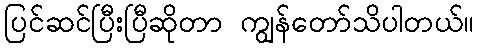
ပြင်ဆင်ပြီးပြီဆိုတာ ကျွန်တော်သိပါတယ်။